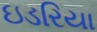
ઇડરિયા